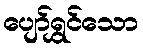
ပျော်ရွှင်သော